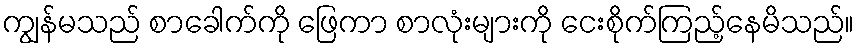
ကျွန်မသည် စာခေါက်ကို ဖြေကာ စာလုံးများကို ငေးစိုက်ကြည့်နေမိသည်။